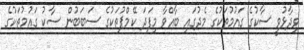
ވިދާޅުވީ ސާކުގެ ގައުމުތަކުގެ މެދުގައި ބާއްވާ މިފަދަ ކޭމްޕުތަކުގެ ސަބަބުން ސާކު ގައުމުތަކުގެ